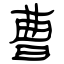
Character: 曹